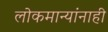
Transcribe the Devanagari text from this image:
लोकमान्‍यांनाही